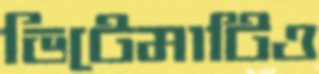
ভিটেমাটিও